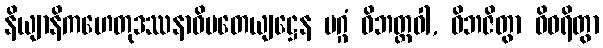
နိယျာနိကဟေတုဒဿနာဓိပတေယျဋ္ဌေန မဂ္ဂံ ဝိဘတ္တဝါ, ဝိဘဇိတွာ ဝိဝရိတွာ